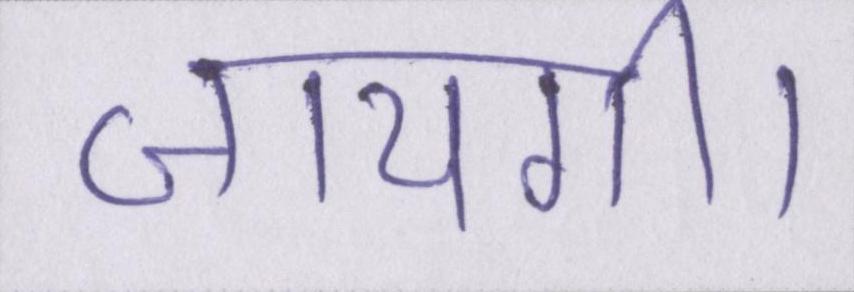
जायगी।